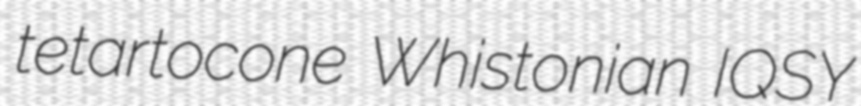
tetartocone Whistonian IQSY